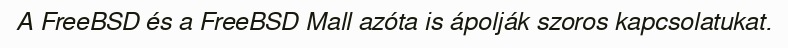
A FreeBSD és a FreeBSD Mall azóta is ápolják szoros kapcsolatukat.